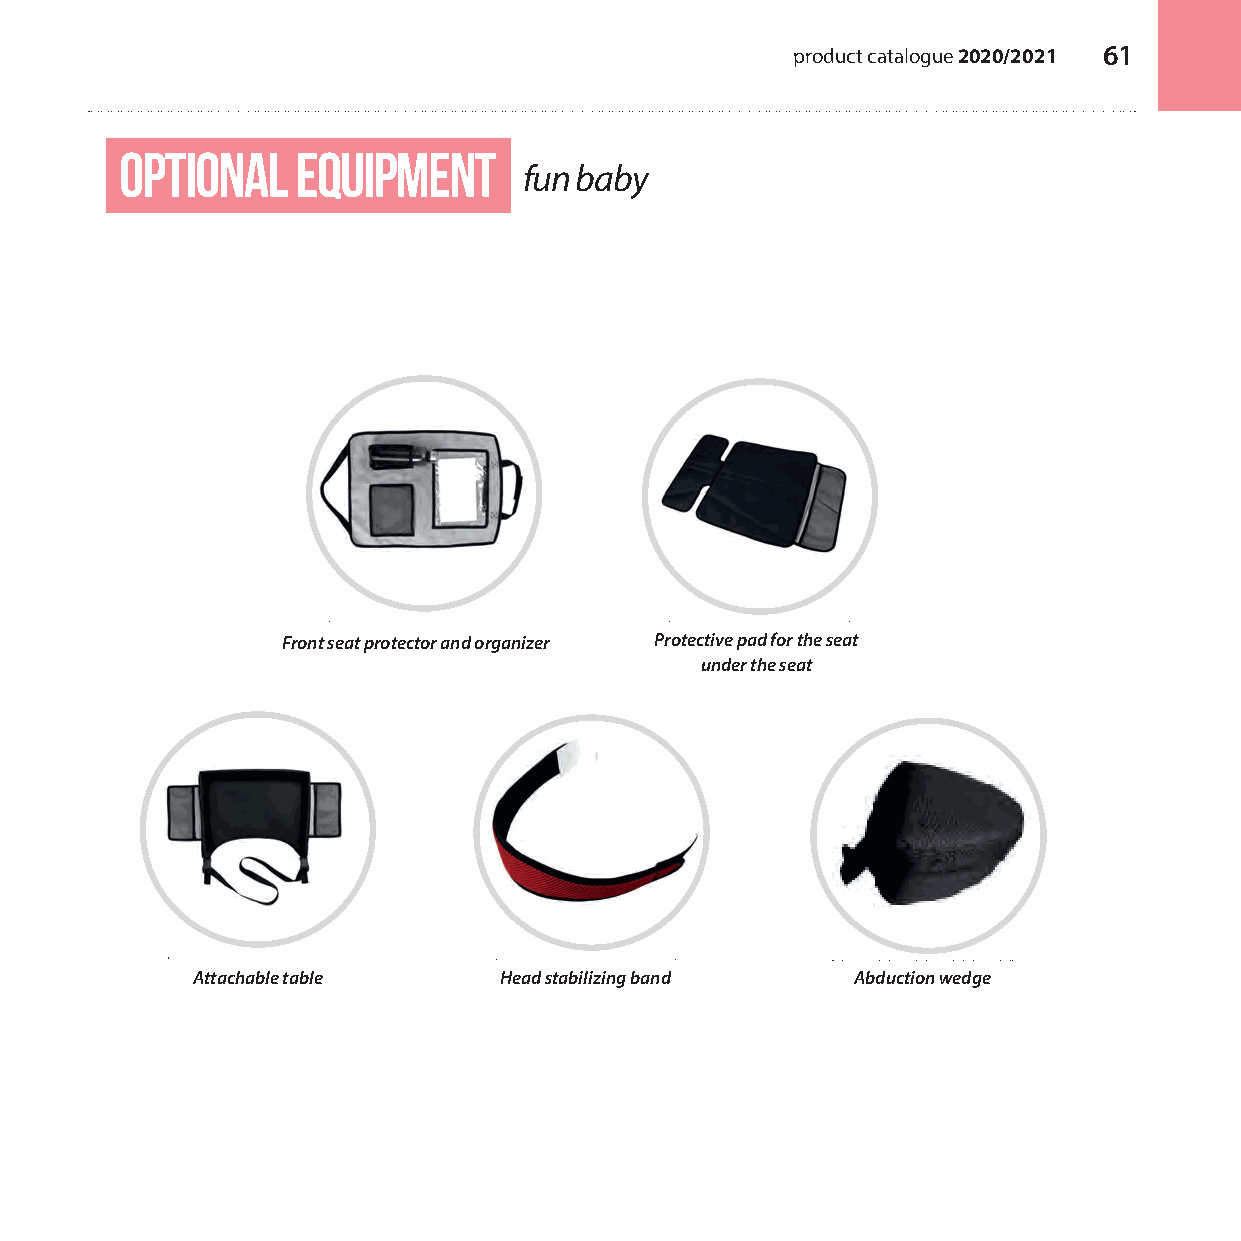
product catalogue 2020/2021 61
 optional    equipment
 fun baby
 Front seat protector and organizer Protective pad for the seat
 under the seat
 Attachable table    Head stabilizing band  Abduction wedge